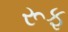
રૂફ